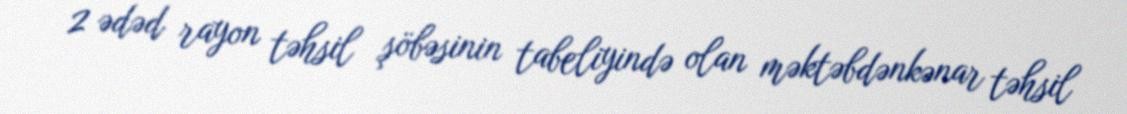
2 ədəd rayon təhsil şöbəsinin tabeliyində olan məktəbdənkənar təhsil